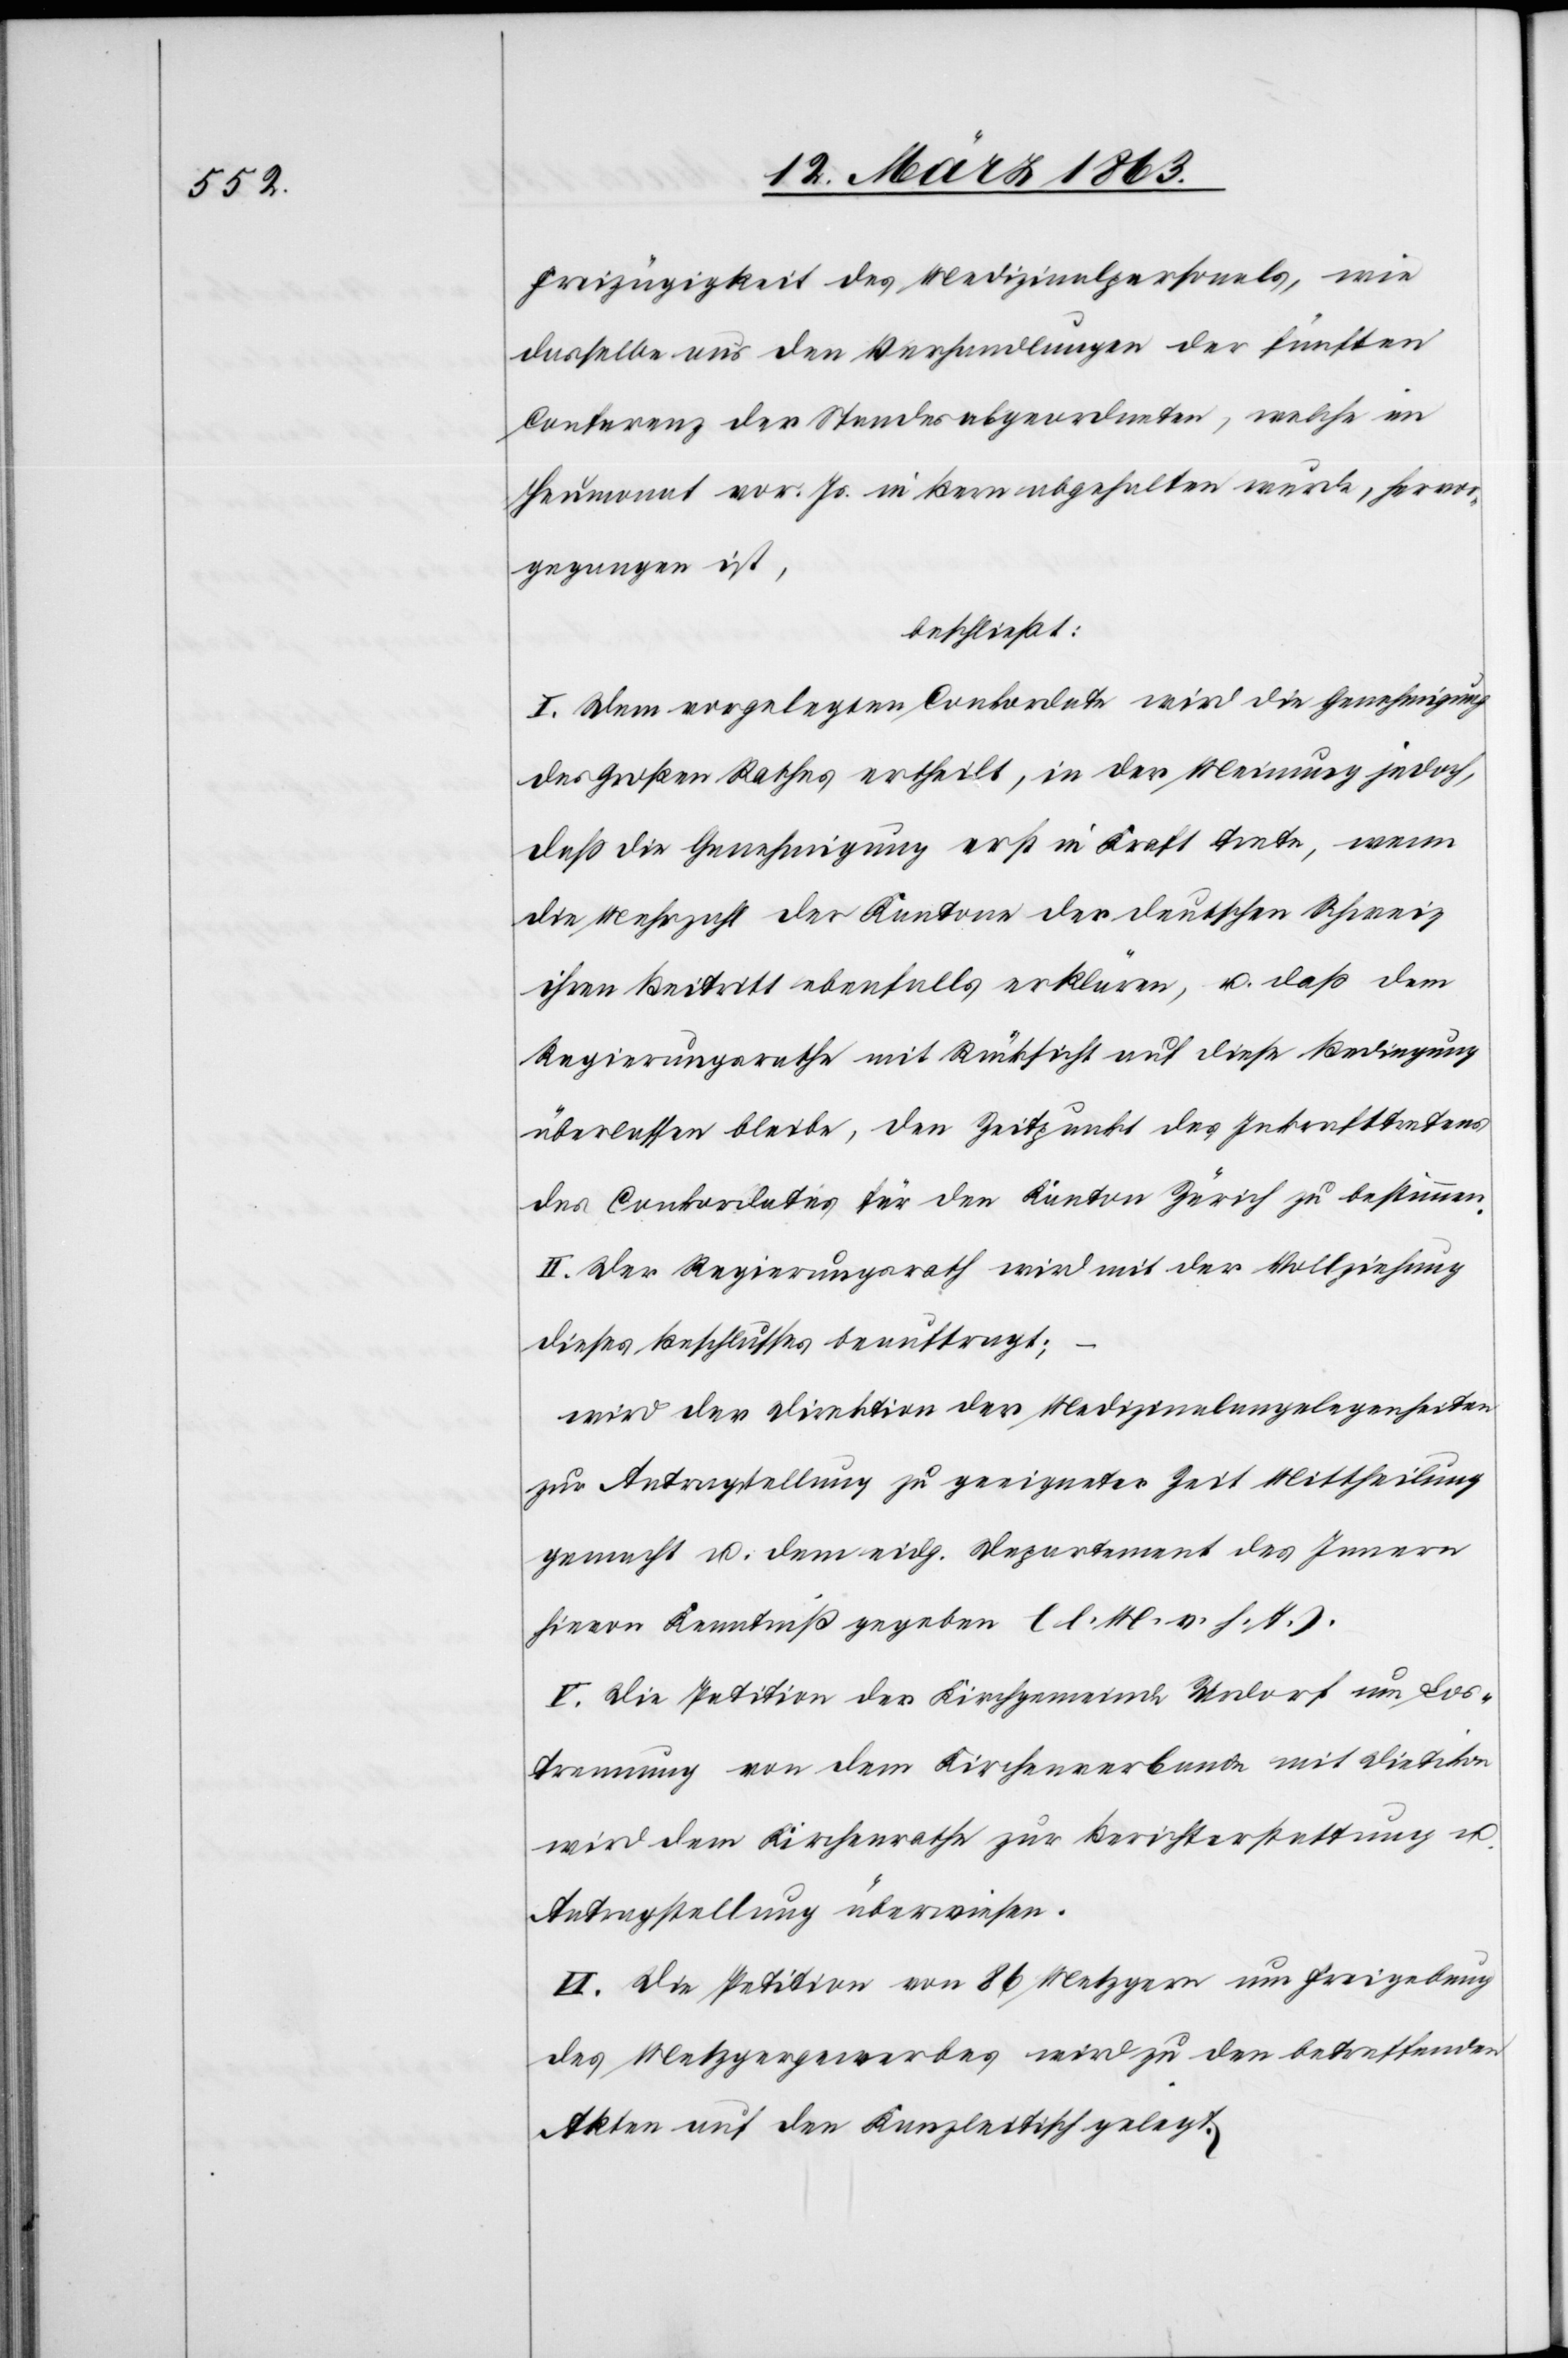
Freizügigkeit des Medizinalpersonals, wie
dasselbe aus den Verhandlungen einer fünften
Conferenz der Standesabgeordneten, welche im
Heumonat vor. Js. in Bern abgehalten wurde, hervor¬
gegangen ist,
beschließt:
I. Dem vorgelegten Conkordate wird die Genehmigung
des Großen Rathes ertheilt, in der Meinung jedoch,
daß die Genehmigung erst in Kraft trete, wenn
die Mehrzahl der Kantone der deutschen Schweiz
ihren Beitritt ebenfalls erklären, u. daß dem
Regierungsrathe mit Rücksicht auf diese Bedingung
überlassen bleibe, den Zeitpunkt des Inkrafttretens
des Conkordates für den Kanton Zürich zu bestimmen.
II. Der Regierungsrath wird mit der Vollziehung
dieses Beschlusses beauftragt;
wird der Direktion der Medizinalangelegenheiten
zur Antragstellung zu geeigneter Zeit Mittheilung
gemacht u. dem eidg. Departement des Innern
hievon Kenntniß gegeben (l. M. v. h. T.).
V. Die Petition der Kirchgemeinde Urdorf um Los¬
trennung von dem Kirchenverbande mit Dietikon
wird dem Kirchenrathe zur Berichterstattung u.
Antragstellung überwiesen.
VI. Die Petition von 86 Metzgern um Freigebung
des Metzgergewerbes wird zu den betreffenden
Akten auf den Kanzleitisch gelegt.